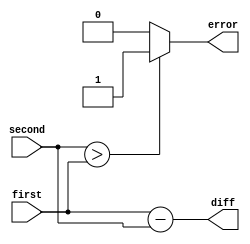
module sub(first, second, diff, error);
	input[7:0] first, second;
	output [7:0] diff;
	output error;
	reg x;

	assign{diff} = first-second;
	always @(*) begin
		if (second > first)
			x=1;
		else
			x=0;
	end

	assign error = x;

endmodule